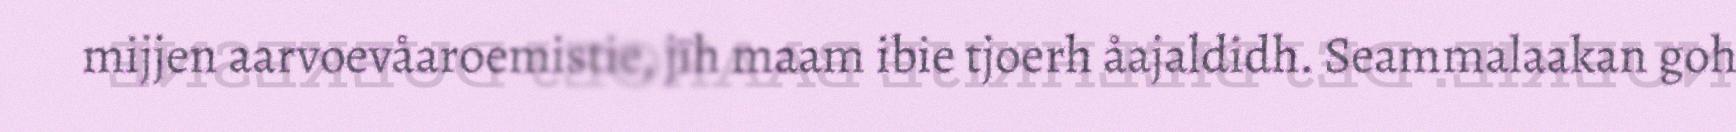
mijjen aarvoevåaroemistie, jïh maam ibie tjoerh åajaldidh. Seammalaakan goh